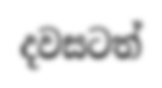
දවසටත්